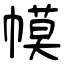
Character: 幙